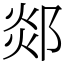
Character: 郯